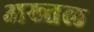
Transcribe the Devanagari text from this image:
अख्तल